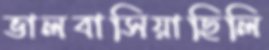
ভালবাসিয়াছিলি